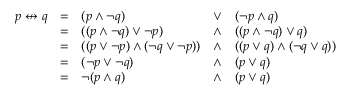
{ \begin{array} { l l l l l } { p \nleftrightarrow q } & { = } & { ( p \land \lnot q ) } & { \lor } & { ( \lnot p \land q ) } \\ & { = } & { ( ( p \land \lnot q ) \lor \lnot p ) } & { \land } & { ( ( p \land \lnot q ) \lor q ) } \\ & { = } & { ( ( p \lor \lnot p ) \land ( \lnot q \lor \lnot p ) ) } & { \land } & { ( ( p \lor q ) \land ( \lnot q \lor q ) ) } \\ & { = } & { ( \lnot p \lor \lnot q ) } & { \land } & { ( p \lor q ) } \\ & { = } & { \lnot ( p \land q ) } & { \land } & { ( p \lor q ) } \end{array} }